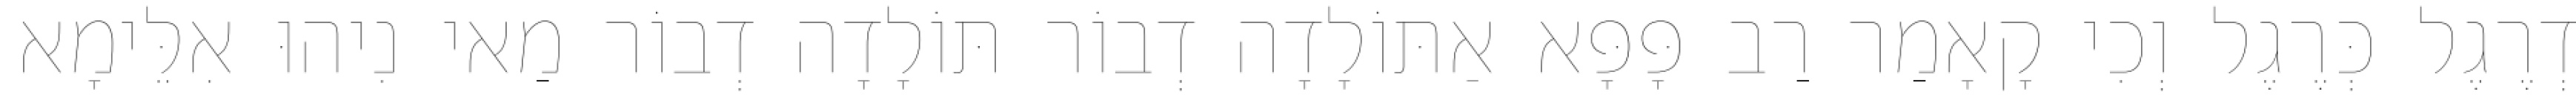
דְרֶגֶל כְּרֶגֶל וְכִי קָאָמַר רַב פָּפָּא אַתּוֹלָדָה דְבוֹר תּוֹלָדָה דְבוֹר מַאי נִיהוּ אִלֵּימָא